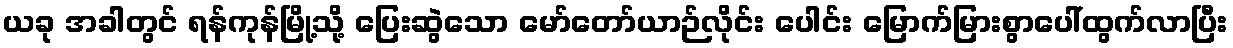
ယခု အခါတွင် ရန်ကုန်မြို့သို့ ပြေးဆွဲသော မော်တော်ယာဉ်လိုင်း ပေါင်း မြောက်မြားစွာပေါ်ထွက်လာပြီး